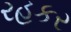
રહકર